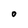
Character: O